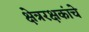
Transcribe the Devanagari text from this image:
क्षेत्ररक्षकांचे